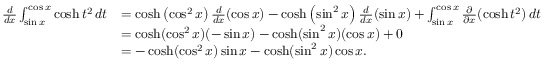
{ \begin{array} { r l } { { \frac { d } { d x } } \int _ { \sin x } ^ { \cos x } \cosh t ^ { 2 } \, d t } & { = \cosh \left( \cos ^ { 2 } x \right) { \frac { d } { d x } } ( \cos x ) - \cosh \left( \sin ^ { 2 } x \right) { \frac { d } { d x } } ( \sin x ) + \int _ { \sin x } ^ { \cos x } { \frac { \partial } { \partial x } } ( \cosh t ^ { 2 } ) \, d t } \\ & { = \cosh ( \cos ^ { 2 } x ) ( - \sin x ) - \cosh ( \sin ^ { 2 } x ) ( \cos x ) + 0 } \\ & { = - \cosh ( \cos ^ { 2 } x ) \sin x - \cosh ( \sin ^ { 2 } x ) \cos x . } \end{array} }